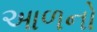
આળનો